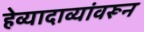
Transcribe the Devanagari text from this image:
हेव्यादाव्यांवरून